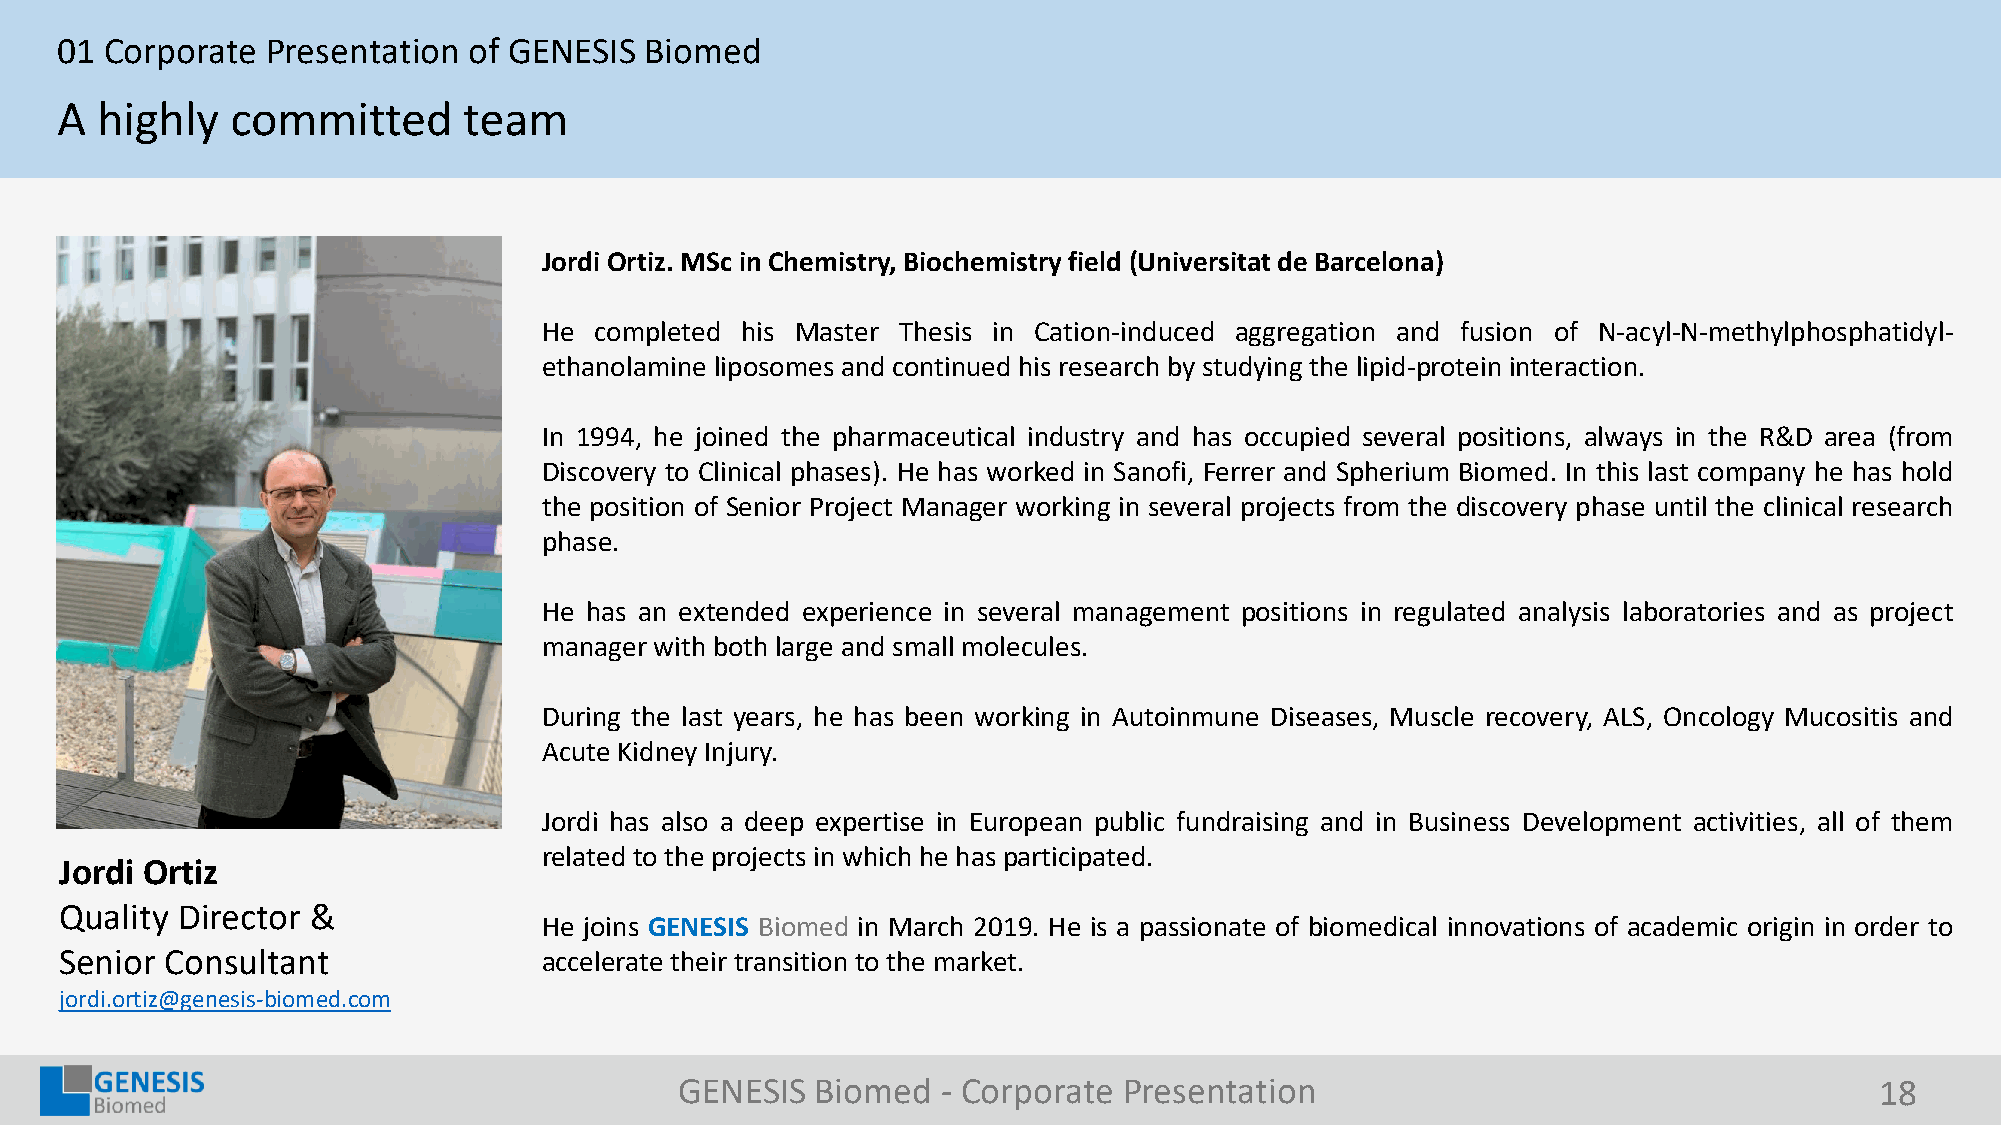
01 Corporate  Presentation of GENESIS  Biomed
 A highly   committed       team
 JordiOrtiz. MSc in Chemistry,Biochemistryfield (Universitatde Barcelona)
 He completed his Master Thesis in Cation-induced aggregation and fusion of N-acyl-N-methylphosphatidyl-
 ethanolamine liposomes and continued his research by studying the lipid-protein interaction.
 In 1994, he joined the pharmaceutical industry and has occupied several positions, always in the R&D area (from
 Discovery to Clinical phases). He has worked in Sanofi, Ferrer and Spherium Biomed. In this last company he has hold
 the position of Senior Project Manager working in several projects from the discovery phase until the clinical research
 phase.
 He has an extended experience in several management positions in regulated analysis laboratories and as project
 manager with both large and small molecules.
 During the last years, he has been working in Autoinmune Diseases, Muscle recovery, ALS, Oncology Mucositis and
 Acute Kidney Injury.
 Jordi has also a deep expertise in European public fundraising and in Business Development activities, all of them
 related to the projects in which he has participated.
 Jordi Ortiz
 Quality Director &
 He joins GENESIS Biomed in March 2019. He is a passionate of biomedical innovations of academic origin in order to
 Senior Consultant               accelerate their transition to the market.
 jordi.ortiz@genesis-biomed.com
 GENESIS  Biomed  - Corporate Presentation                                      18